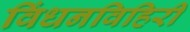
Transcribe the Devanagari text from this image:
विंधनविहिरी